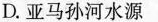
D.亚马孙河水源